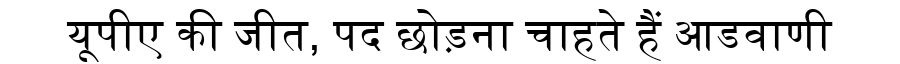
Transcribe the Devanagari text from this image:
यूपीए की जीत, पद छोड़ना चाहते हैं आडवाणी